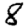
Digit: 8